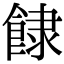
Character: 𩛾